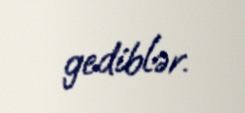
gediblər.